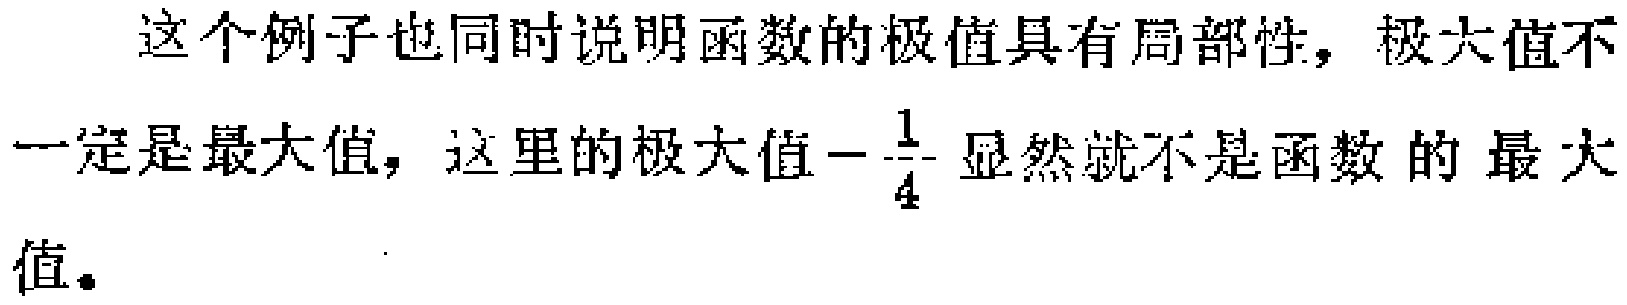
这个例子也同时说明函数的极值具有局部性，极大值不一定是最大值，这里的极大值\(-\frac{1}{4}\)显然就不是函数的最大值。